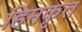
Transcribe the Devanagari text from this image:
हिमकृत